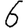
Digit: 6